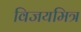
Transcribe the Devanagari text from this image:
विजयमित्र